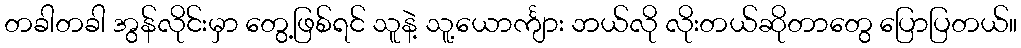
တခါတခါ အွန်လိုင်းမှာ တွေ့ဖြစ်ရင် သူနဲ့ သူ့ယောင်္ကျား ဘယ်လို လိုးတယ်ဆိုတာတွေ ပြောပြတယ်။